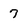
Character: 7